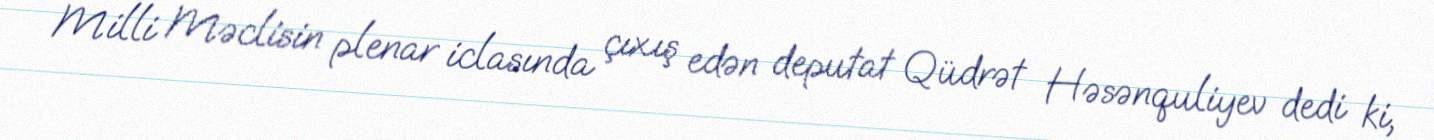
Milli Məclisin plenar iclasında çıxış edən deputat Qüdrət Həsənquliyev dedi ki,